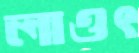
লাওৎ